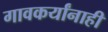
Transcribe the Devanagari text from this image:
गावकर्यांनाही